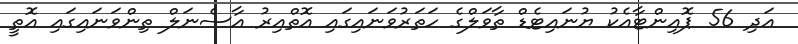
އަދި 56 ޕޮއިންޓާއެކު ޔުނައިޓެޑް ތާވަލްގެ ހަތަރުވަނައިގައި އޮތްއިރު އާސެނަލް ތިންވަނައިގައި އޮތީ